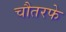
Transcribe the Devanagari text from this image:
चौतरफे